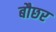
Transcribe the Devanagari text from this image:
बौछर